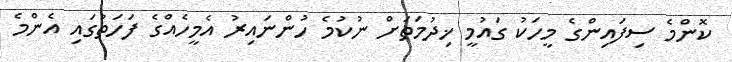
ކޮންމެ ސިފައިންގެ މީހަކު ގައުމީ ޚިދުމަތަށް ނުކުމެ ހުންނައިރު އެމީހެއްގެ ފަހަތުގައި އެންމެ